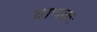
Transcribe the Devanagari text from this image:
वाचकः